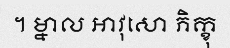
។ ម្នាល អាវុសោ ភិក្ខុ